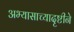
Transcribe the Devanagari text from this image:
अभ्यासाच्यादृष्टीने